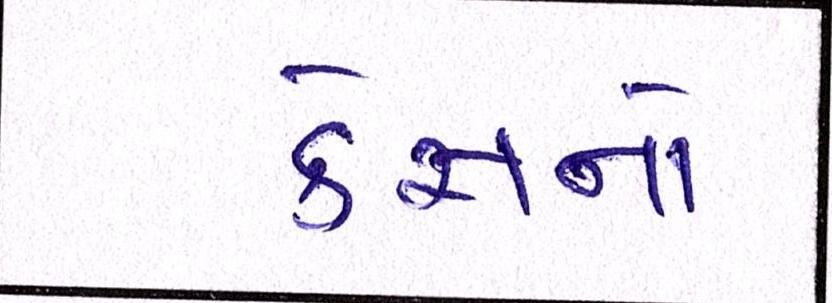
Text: કેસનો